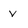
Character: v